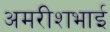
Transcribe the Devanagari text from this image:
अमरीशभाई